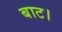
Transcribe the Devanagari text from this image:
बाट।